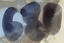
Text: 680